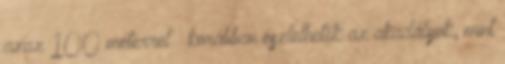
azaz 100 méterrel – korábban észlelhetők az akadályok, mint